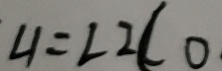
\angle 1 = \angle 2 C O